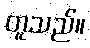
တူသည်။